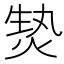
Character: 𱫚